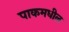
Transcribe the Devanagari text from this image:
पाकमधील